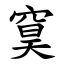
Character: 䆨